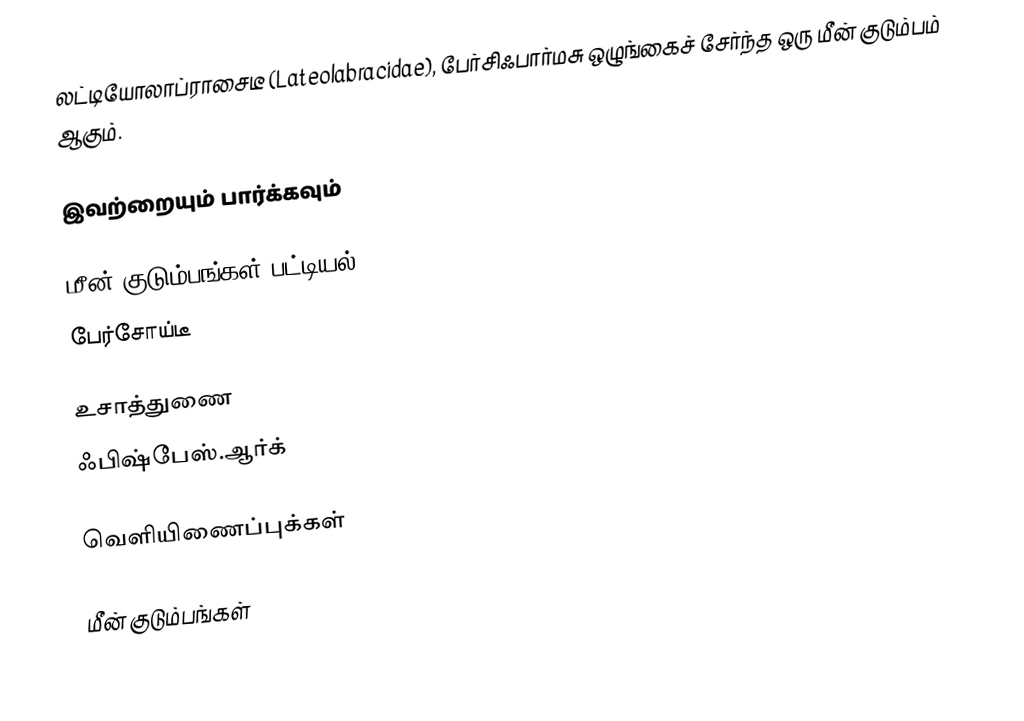
லட்டியோலாப்ராசைடீ (Lateolabracidae), பேர்சிஃபார்மசு ஒழுங்கைச் சேர்ந்த ஒரு மீன் குடும்பம் ஆகும்.

இவற்றையும் பார்க்கவும்

 மீன் குடும்பங்கள் பட்டியல்
 பேர்சோய்டீ

உசாத்துணை
 ஃபிஷ்பேஸ்.ஆர்க்

வெளியிணைப்புக்கள்

மீன் குடும்பங்கள்